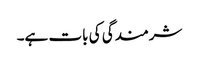
شرمندگی کی بات ہے۔